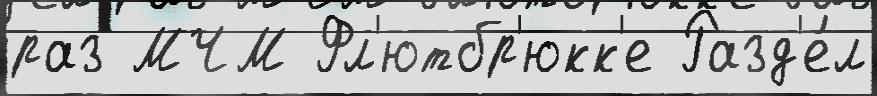
раз МЧМ Фл'ютбр'юкк'е Разд'е́л